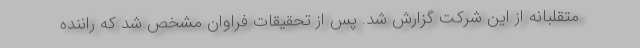
متقلبانه از این شرکت گزارش شد. پس از تحقیقات فراوان مشخص شد که راننده